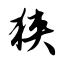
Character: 狭